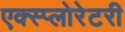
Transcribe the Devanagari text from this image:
एक्स्प्लोरेटरी